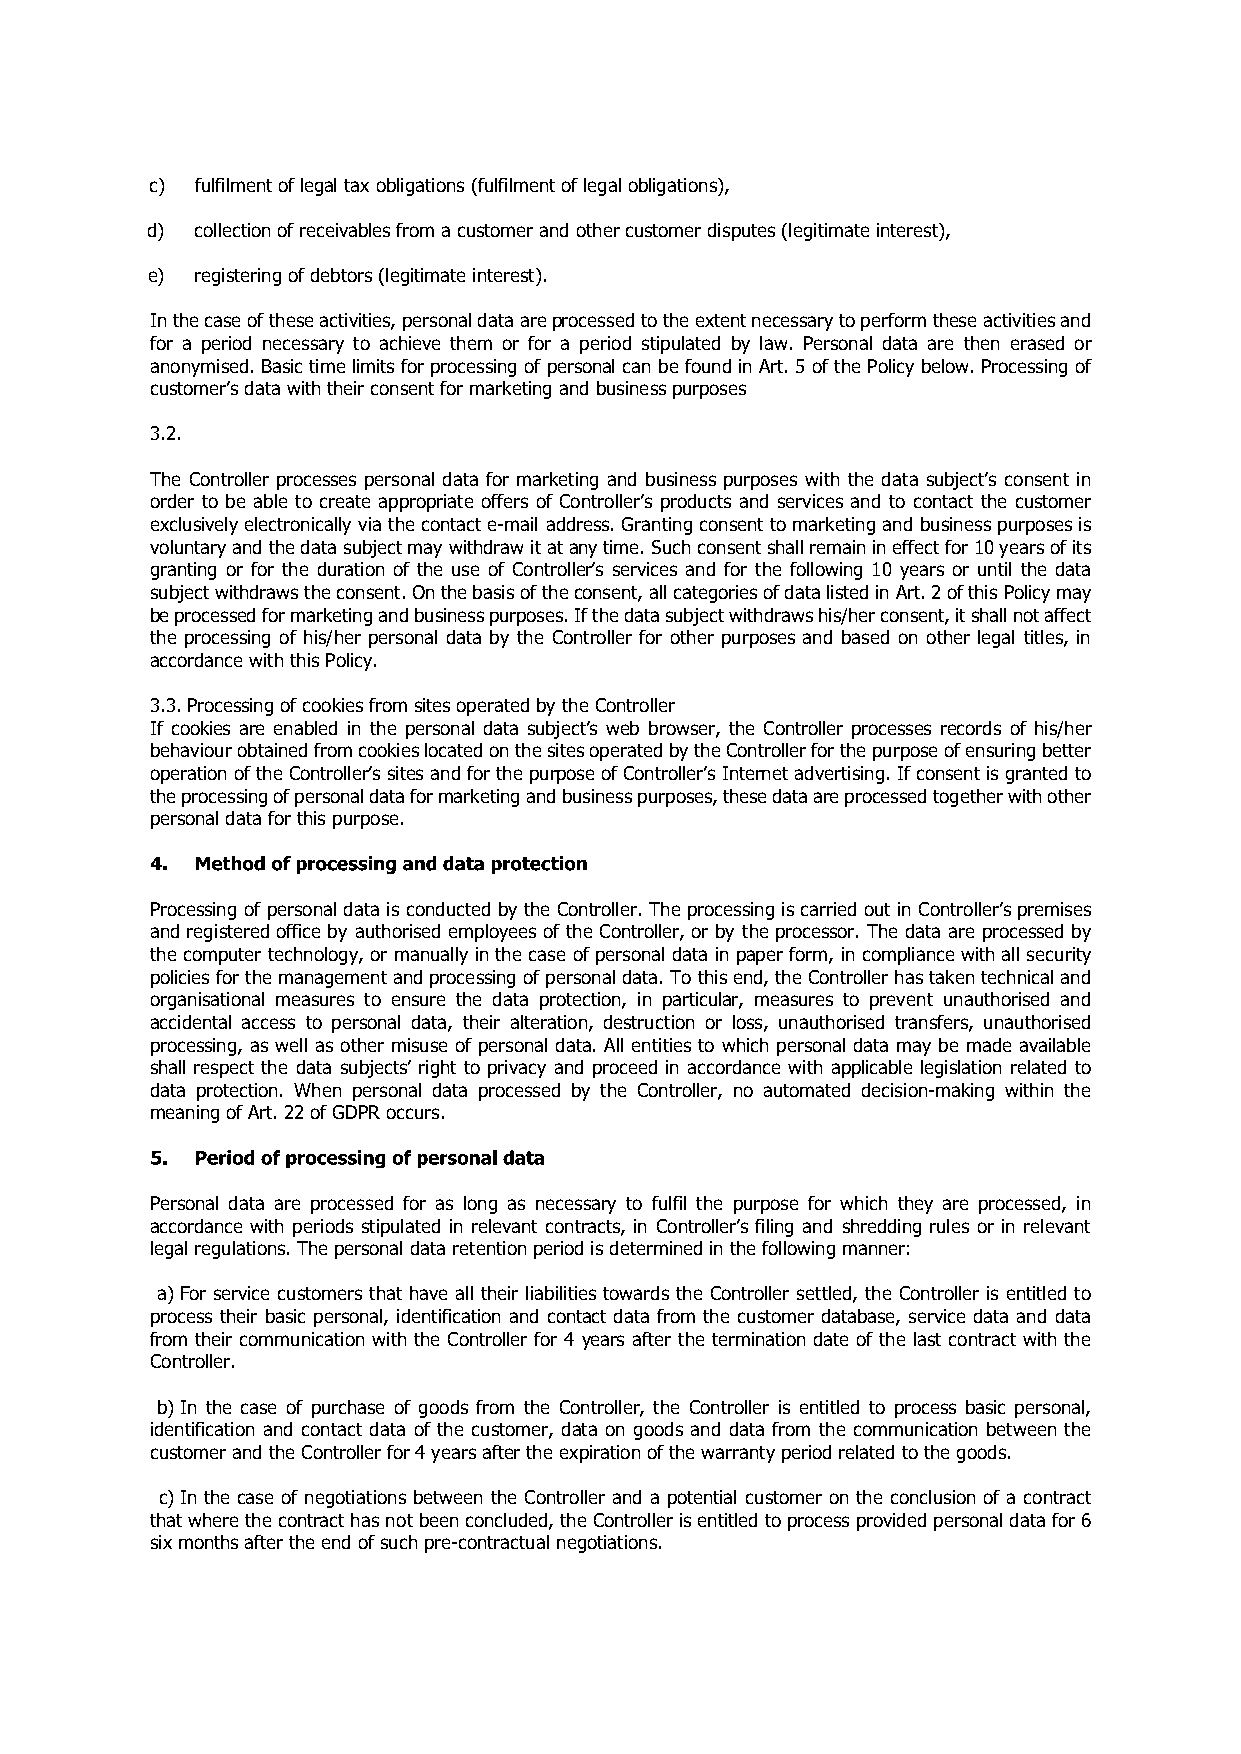
c) fulfilment of legal tax obligations (fulfilment oflegal obligations),
 d) collection of receivables from a customer and othercustomer disputes (legitimate interest),
 e) registering of debtors (legitimate interest).
 In the case of these activities, personal data areprocessed to the extent necessary to perform these activities and
 for a period necessary to achieve them or for a period stipulated by law. Personal data are then erased or
 anonymised. Basic time limits for processing of personal can be found in Art. 5 of the Policy below. Processing of
 customers data with their consent for marketing and business purposes
 3.2.
 The Controller processes personal data for marketing and business purposes with the data subjects consent in
 order to be able to create appropriate offers of Controllers products and services and to contact the customer
 exclusively electronically via the contact e­mail address. Granting consent to marketing and business purposes is
 voluntary and the data subject may withdraw it at any time. Such consent shall remain in effect for 10 years of its
 granting or for the duration of the use of Controllers services and for the following 10 years or until the data
 subject withdraws the consent. On the basis of theconsent, all categories of data listed in Art. 2 of this Policy may
 be processed for marketing and business purposes. If the data subject withdraws his/her consent, it shall not affect
 the processing of his/her personal data by the Controller for other purposes and based on other legal titles, in
 accordance with this Policy.
 3.3.Processing of cookies from sites operated by the Controller
 If cookies are enabled in the personal data subjects web browser, the Controller processes records of his/her
 behaviour obtained from cookies located on the sites operated by the Controller for the purpose of ensuring better
 operation of the Controllers sites and for the purpose of Controllers Internet advertising. If consent is granted to
 the processing of personal data for marketing and business purposes, these data are processed together with other
 personal data for this purpose.
 Processing of personal data is conducted by the Controller. The processing is carried out in Controllers premises
 and registered office by authorised employees of the Controller, or by the processor. The data are processed by
 the computer technology, or manually in the case of personal data in paper form, in compliance with all security
 policies for the management and processing of personal data. To this end, the Controller has taken technical and
 organisational measures to ensure the data protection, in particular, measures to prevent unauthorised and
 accidental access to personal data, their alteration, destruction or loss, unauthorised transfers, unauthorised
 processing, as well as other misuse of personal data. All entities to which personal data may be made available
 shall respect the data subjects right to privacy and proceed in accordance with applicable legislation related to
 data protection. When personal data processed by the Controller, no automated decision­making within the
 meaning of Art. 22 of GDPR occurs.
 Personal data are processed for as long as necessary to fulfil the purpose for which they are processed, in
 accordance with periods stipulated in relevant contracts, in Controllers filing and shredding rules or in relevant
 legal regulations. The personal data retention period is determined in the following manner:
 a)For service customers that have all their liabilities towards the Controller settled, the Controller is entitled to
 process their basic personal, identification and contact data from the customer database, service data and data
 from their communication with the Controller for 4 years after the termination date of the last contract with the
 Controller.
 b)In the case of purchase of goods from the Controller, the Controller is entitled to process basic personal,
 identification and contact data of the customer, data on goods and data from the communication between the
 customer and the Controller for 4 years after the expiration of the warranty period related to the goods.
 c)In the case of negotiations between the Controller and a potential customer on the conclusion of a contract
 that where the contract has not been concluded, theController is entitled to process provided personal data for 6
 six months after the end of such pre­contractual negotiations.